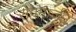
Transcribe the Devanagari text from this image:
रोगमार्जन